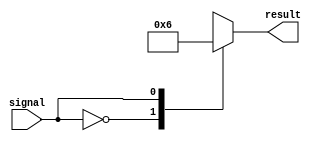
module simple_case_behavioral(
    input wire signal,
    output reg [1:0] result
);

always @ (signal) begin
    case(signal)
        2'b00: result <= 2'b01;
        2'b01: result <= 2'b10;
        2'b10: result <= 2'b11;
        default: result <= 2'b00;
    endcase
end

endmodule